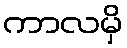
ကာလမှိ